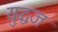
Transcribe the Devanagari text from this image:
युद्धज